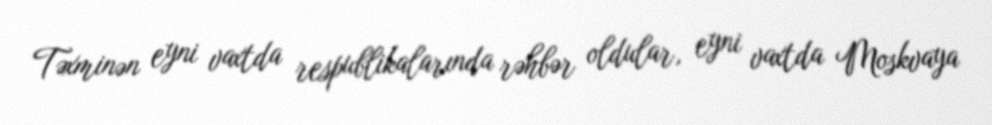
Təxminən eyni vaxtda respublikalarında rəhbər oldular, eyni vaxtda Moskvaya